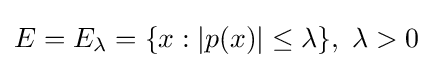
E=E_{\lambda }=\{x:|p(x)|\leq \lambda \},\ \lambda >0